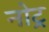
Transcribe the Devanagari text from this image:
नोट्र